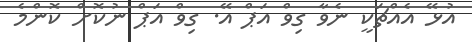
އުޅޭ އެއްޗަކީ ނެވާ ގިވް އަޕް އޭ. ގިވް އަޕް ނުކޮށް ކޮންމެ